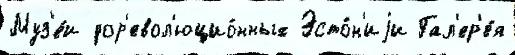
Муз'е́и дор'евол'юцио́нных Эсто́н'иjи Гал'ер'е́я